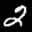
Label: 2